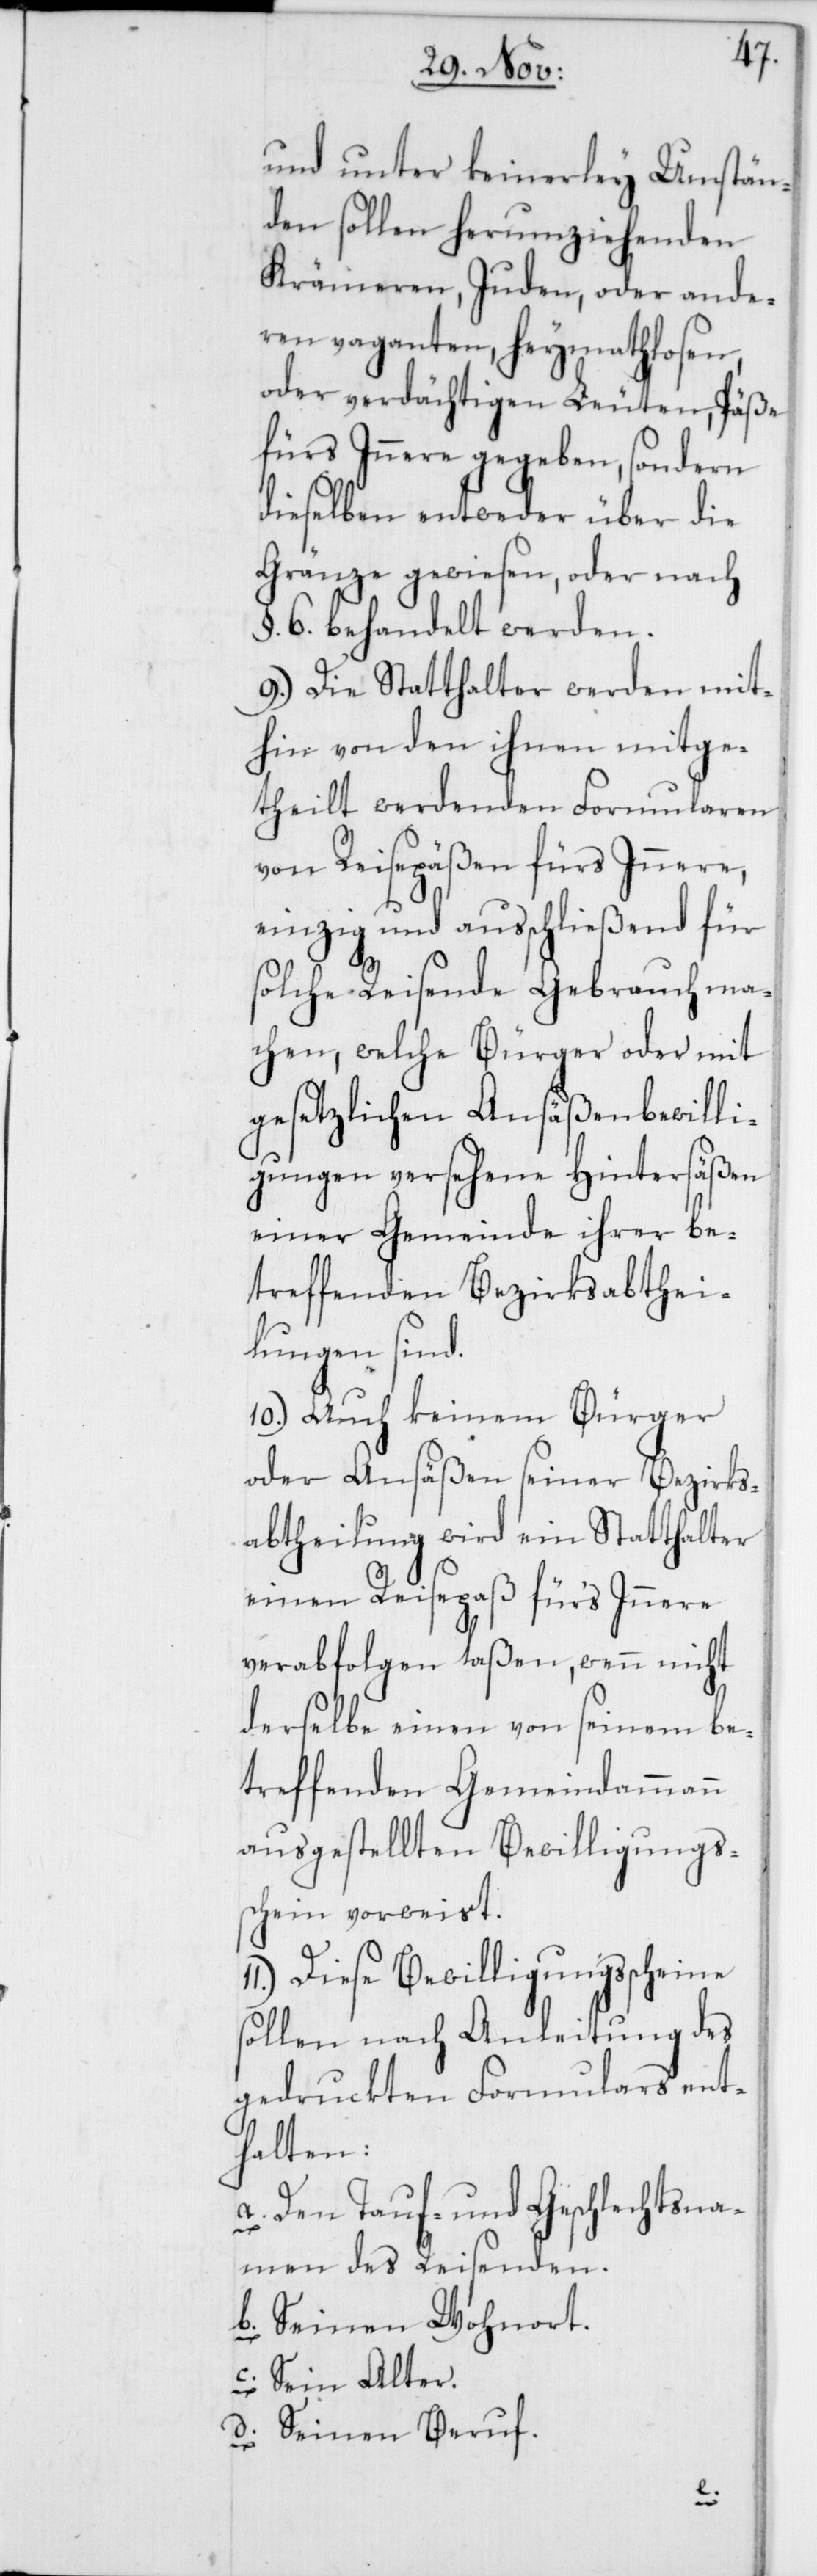
und unter keinerley Umstän¬
den sollen herumziehenden
Krämeren, Juden, oder ande¬
ren vaganten, heymathlosen,
oder verdächtigen Leuten, Päße
fürs Innere gegeben, sondern
dieselben entweder über die
Gränze gewiesen, oder nach
§. 6. behandelt werden.
9.) Die Statthalter werden mit¬
hin von den ihnen mitge¬
theilt werdenden Formularen
von Reisepäßen fürs Innere,
einzig und ausschließend für
solche Reisende Gebrauch ma¬
chen, welche Bürger oder mit
gesetzlichen Ansäßenbewilli¬
gungen versehene Hintersäßen
einer Gemeinde ihrer be¬
treffenden Bezirksabthei¬
lungen sind.
10.) Auch keinem Bürger
oder Ansäßen seiner Bezirks¬
abtheilung wird ein Statthalter
einen Reisepaß fürs Innere
verabfolgen laßen, wenn nicht
derselbe einen von seinem be¬
treffenden Gemeindammann
ausgestellten Bewilligungs¬
schein vorweist.
11.) Diese Bewilligungsscheine
sollen nach Anleitung des
gedruckten Formulars ent¬
halten:
a. Den Tauf- und Geschlechtsna¬
men des Reisenden.
b. Seinen Wohnort.
c. Sein Alter.
d. Seinen Beruf.